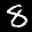
Label: 8